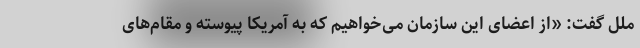
ملل گفت: «از اعضای این سازمان می‌خواهیم که به آمریکا پیوسته و مقام‌های